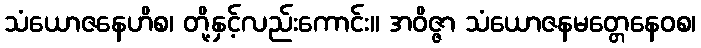
သံယောဇနေဟိစ၊ တို့နှင့်လည်းကောင်း။ အဝိဇ္ဇာ သံယောဇနမတ္တေနေဝစ၊